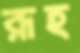
রূহ